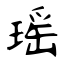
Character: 瑶